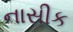
નાસીક